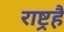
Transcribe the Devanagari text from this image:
राष्ट्रहै